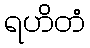
ရဟိတံ